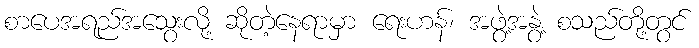
စာပေအရည်အသွေးလို့ ဆိုတဲ့နေရာမှာ ရေးဟန်၊ အဖွဲ့အနွဲ့ စသည်တို့တွင်